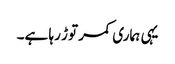
یہی ہماری کمر توڑ رہا ہے۔